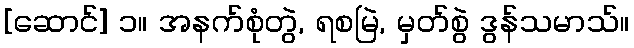
[ဆောင်] ၁။ အနက်စုံတွဲ, ရစမြဲ, မှတ်စွဲ ဒွန်သမာသ်။